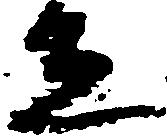
在